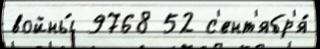
войны́ 9768 52 с'ент'ябр'я́